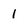
Character: 1